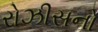
રોઝીસનો